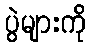
ပွဲများကို